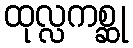
ထုလ္လကစ္ဆု